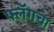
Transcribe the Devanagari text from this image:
फ्लॅगचा